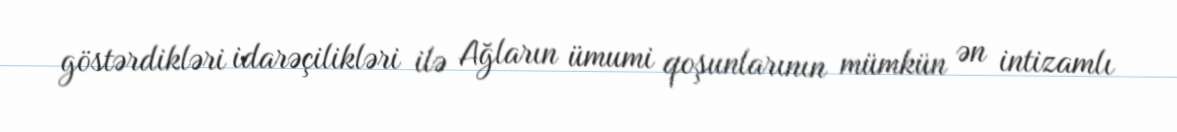
göstərdikləri idarəçilikləri ilə Ağların ümumi qoşunlarının mümkün ən intizamlı